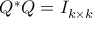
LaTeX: Q ^ { * } Q = I _ { k \times k }